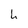
Character: h